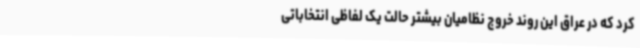
کرد که در عراق این روند خروج نظامیان بیشتر حالت یک لفاظی انتخاباتی